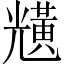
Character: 黋